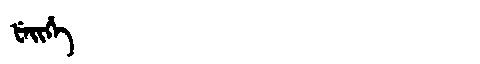
Manchu: ᡶᡝᡳᡥᡝ
Romanization: FEIHE